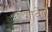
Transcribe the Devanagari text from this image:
गावेल